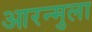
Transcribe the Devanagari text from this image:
आरन्मुला